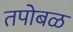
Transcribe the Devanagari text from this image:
तपोबळ